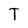
Character: T